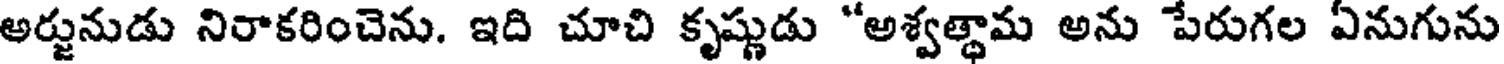
అర్జునుడు నిరాకరించెను. ఇది చూచి కృష్ణుడు "అశ్వత్థామ అను పేరుగల ఏనుగును